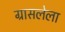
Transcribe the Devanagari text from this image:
ग्रासलेला